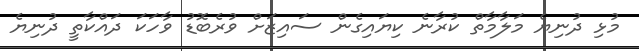
މުޅި ދުނިޔެ މަލާމާތް ކުރާނެ ކިޔައިގެން ސައިޒަށް ވުރެބޮޑު ވާހަކަ ދައްކާތީ ދުނިޔެ